Bombay plague: being a history of the progress of plague in the Bombay presidency from September 1896 to June 1899
Year: 1896
Disease focus: Plague
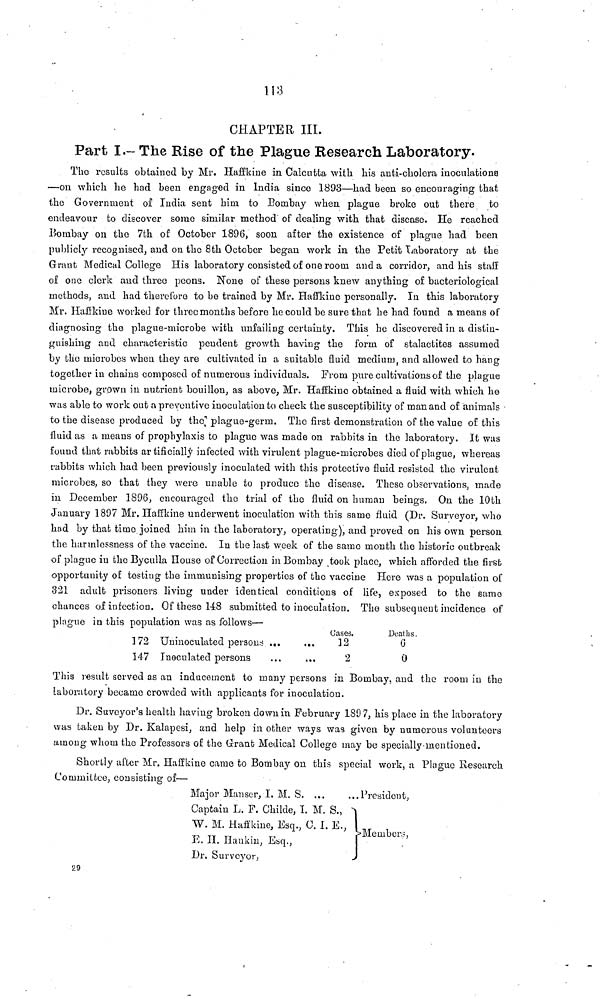
113
CHAPTER III.
Part I.- The Rise of the Plague Research Laboratory.
The results obtained by Mr. Haffkine in Calcutta with his anti-cholera inoculations
—on which he had been engaged in India since 1893—had been so encouraging that
the Government of India sent him to Bombay when plague broke out there to
endeavour to discover some similar method of dealing with that disease. He reached
Bombay on the 7th of October 1896, soon after the existence of plague had been
publicly recognised, and on the 8th October began work in the Petit Laboratory at the
Graut Medical College His laboratory consisted of one room and a corridor, and his staff
oí one clerk and three peons. None of these persons knew anything of bacteriological
methods, and had therefore to be trained by Mr. Haffkine personally. In this laboratory
Mr. Haffkine worked for three months before he could be sure that he had found a means of
diagnosing the plague-microbe with unfailing certainty. This he discovered in a distin-
guishing and characteristic pendent growth having the form of stalactites assumed
by the microbes when they are cultivated in a suitable fluid medium, and allowed to hang
together in chains composed of numerous individuals. From pure cultivations of the plague
microbe, grown in nutrient bouillon, as above, Mr. Haffkiue obtained a fluid with which he
was able to work out a preventive inoculation to check the susceptibility of man and of animals
to the disease produced by the plague-germ. The first demonstration of the value of this
fluid as a means of prophylaxis to plague was made on rabbits in the laboratory. It was
found that rabbits artificially infected with virulent plague-microbes died of plague, whereas
rabbits which had been previously inoculated with this protective fluid resisted the virulent
microbes, so that they were unable to produce the disease. These observations, made
in December 1896, encouraged the trial of the fluid on human beings. On the 10th
January 1897 Mr. Haffkine underwent inoculation with this same fluid (Dr. Surveyor, who
had by that time joined him in the laboratory, operating), and proved on his own person
the harmlessness of the vaccine. In the last week of the same month the historic outbreak
of plague in the Byculla House of Correction in Bombay took place, which afforded the first
opportunity of testing the immunising properties of the vaccine Here was a population of
321 adult prisoners living under identical conditions of life, exposed to the same
chances of infection. Of these 148 submitted to inoculation. The subsequent incidence of
plague in this population was as follows—
Cases.
Deaths.
172 Uninoculated persons
...
...
12
6
147 Inoculated persons
...
...
2
0
This result served as an inducement to many persons in Bombay, and the room in the
laboratory became crowded with applicants for inoculation.
Dr. Suveyor's health having broken down in February 1897, his place in the laboratory
was taken by Dr. Kalapesi, and help in other ways was given by numerous volunteers
among whom the Professors of the Grant Medical College may be specially-mentioned.
Shortly after Mr. Haffkine came to Bombay on this special work, a Plague Research
Committee, consisting of—
Major Manser, I. M. S. ...
... President,
Captain L. F. Childe, I. M. S.,
W. M. Haffkine, Esq., C. I. E.,
} Members,
E. H. Hankin, Esq.,
Dr. Surveyor,
29